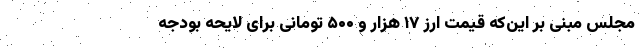
مجلس مبنی بر این‌که قیمت ارز ۱۷ هزار و ۵۰۰ تومانی برای لایحه بودجه